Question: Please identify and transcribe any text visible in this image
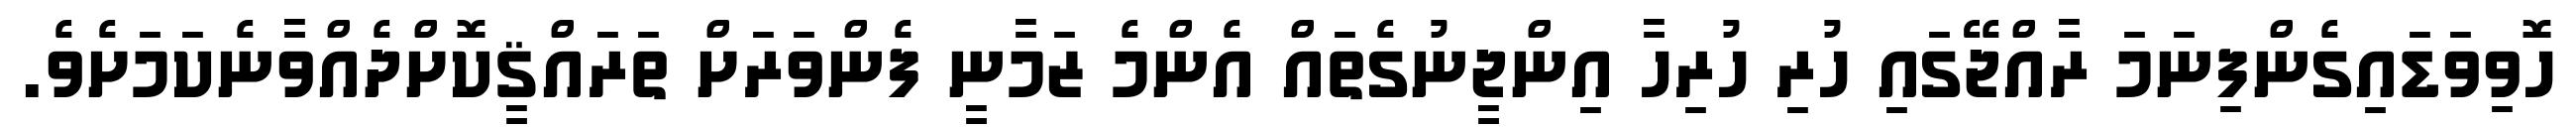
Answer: ހޮވިވަޑައިގެންފިނަމަ ރާއްޖޭގައި ހުރި ހުރިހާ އިންޖީނުގެތައް އެންމެ ޒަމާނީ ފެންވަރަށް ތަރައްޤީކޮށްދެއްވާނެކަމަށެވެ.